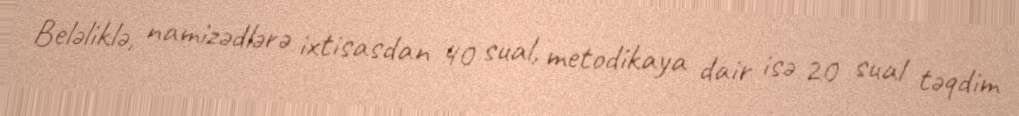
Beləliklə, namizədlərə ixtisasdan 40 sual, metodikaya dair isə 20 sual təqdim